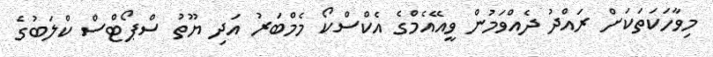
މިވާހަކަތަކަށް ރައްދު ދެއްވަމުން ވީއޭއެމްގެ އެކްސްކޯ މެމްބަރު އަދި ޔޫތު ސްޕޯޓްސް ކްލަބުގެ